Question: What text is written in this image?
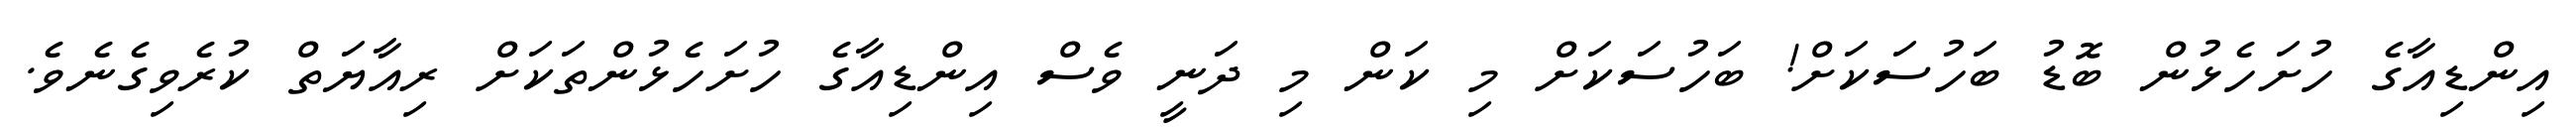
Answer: އިންޑިއާގެ ހުށަހެޅުން ބޮޑު ބަހުސަކަށް! ބަހުސަކަށް މި ކަން މި ދަނީ ވެސް އިންޑިއާގެ ހުށަހެޅުންތަކަށް ރިއާޔަތް ކުރެވިގެނެވެ.